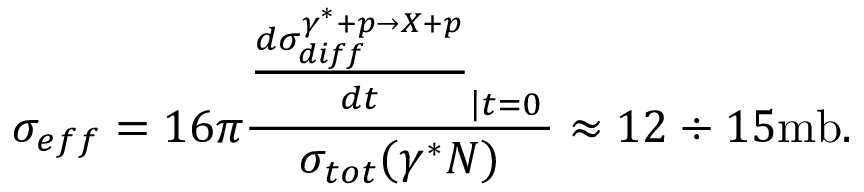
\sigma _ { e f f } = 1 6 \pi { \frac { { \frac { d \sigma _ { d i f f } ^ { \gamma ^ { * } + p \rightarrow X + p } } { d t } } _ { \left| t = 0 \right. } } { \sigma _ { t o t } ( \gamma ^ { * } N ) } } \approx 1 2 \div 1 5 \mathrm { m b } .